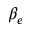
\beta _ { e }